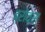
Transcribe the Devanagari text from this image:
ब्रोव्स